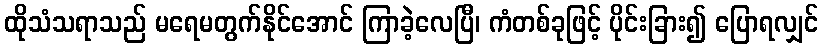
ထိုသံသရာသည် မရေမတွက်နိုင်အောင် ကြာခဲ့လေပြီ၊ ကံတစ်ခုဖြင့် ပိုင်းခြား၍ ပြောရလျှင်